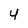
Character: 4